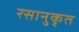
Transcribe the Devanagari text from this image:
रसानुकृत